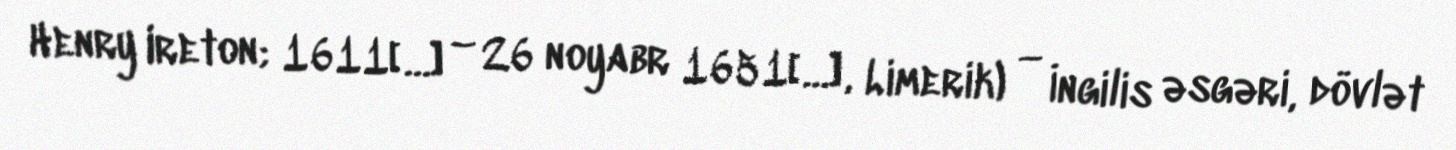
Henry Ireton; 1611[…] – 26 noyabr 1651[…], Limerik) — İngilis əsgəri, dövlət